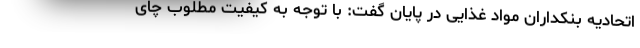
اتحادیه بنکداران مواد غذایی در پایان گفت: با توجه به کیفیت مطلوب چای